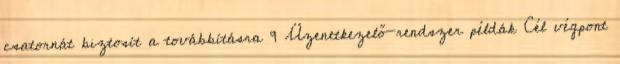
csatornát biztosít a továbbításra 9 Üzenetkezelő-rendszer példák Cél végpont